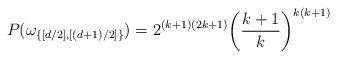
LaTeX: \begin{align*}P(\omega_{\{[ d/2 ],[ (d+1)/2 ]\}}) = 2^{(k+1)(2k+1)}\bigg(\frac{k+1}{k}\bigg)^{k(k+1)}\end{align*}